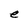
Character: e